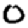
Digit: 0